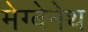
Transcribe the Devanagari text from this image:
मेग्बेनेथ